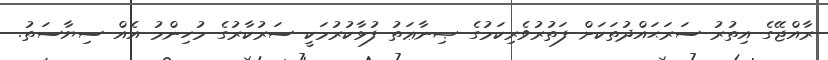
ރާއްޖޭގެ އިތުރު ސަރަޙައްދުތަކަށް ފަތުރުވެރިކަމުގެ ޞިނާޢަތު ފުޅާކުރުމަކީ ސަރުކާރުގެ މުހިންމު އެއް ސިޔާސަތު.